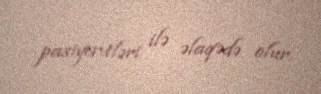
pasiyentləri ilə əlaqədə olur.